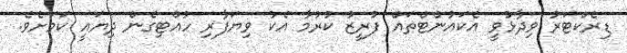
ޑިރެކްޓަރު ވިދާޅުވީ އެކައުންޓްތައް ފުރީޒު ކުރުމާ އެކު ވިޔަފާރި ހުއްޓިގެން ދިޔައީ ކަމަށެވެ.